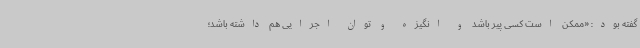
گفته بود: «ممکن است کسی پیر باشد و انگیزه و توان اجرایی هم داشته باشد؛